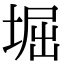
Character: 堀